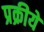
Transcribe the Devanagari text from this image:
प्रक्रीये